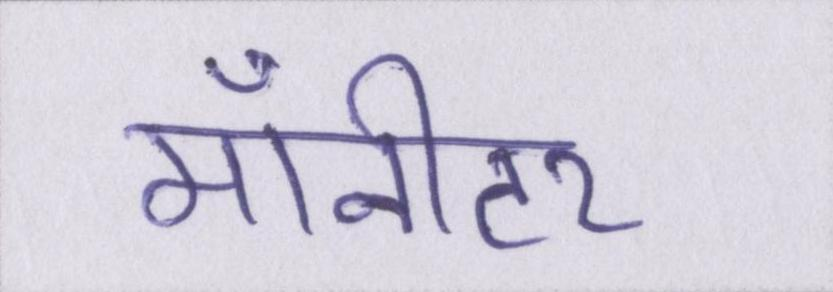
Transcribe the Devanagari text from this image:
मॉनीटर